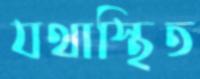
যথাস্থিত